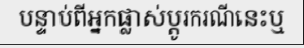
បន្ទាប់ពីអ្នកផ្លាស់ប្តូរករណីនេះឬ